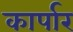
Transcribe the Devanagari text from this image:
कार्पार